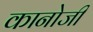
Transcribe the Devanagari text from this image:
कानोजी